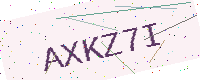
Text: AXKZ7I